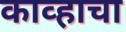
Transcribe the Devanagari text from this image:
काव्हाचा